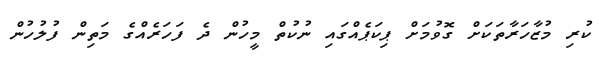
ކުރި މުޒާހަރާތަކަށް ގޮވުމަށް ޕިކަޕެއްގައި ނުކުތް މީހުން ދެ ފަހަރެއްގެ މަތިން ފުލުހުން